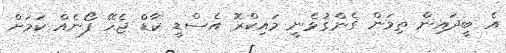
އެ ބީދައިން ތިމަން ގެންގުޅެނީ މައިކްރޮ އެސްޑީ ކާޑް ޖެހޭ ފޯނެއް ކަމަށް